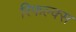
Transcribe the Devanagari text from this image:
रिफल्क्स